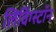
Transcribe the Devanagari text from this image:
लिविंग्स्टॉन